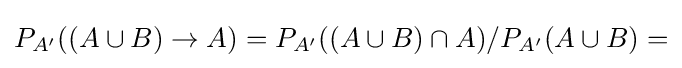
P_{A'}((A\cup B)\rightarrow A)=P_{A'}((A\cup B)\cap A)/P_{A'}(A\cup B)=